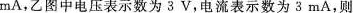
mA，乙图中电压表示数为3V，电流表示数为3mA，则